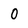
Character: O